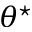
\theta ^ { \star }